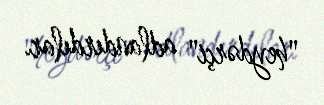
"heydərçi" adlandırdılar.